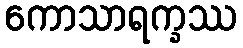
ကောသာရက္ခဿ